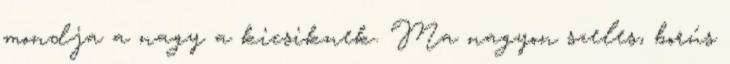
mondja a nagy a kicsiknek. Ma nagyon szeles, borús